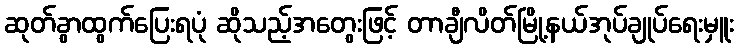
ဆုတ်ခွာထွက်ပြေးရပုံ ဆိုသည့်အတွေးဖြင့် တာချီလိတ်မြို့နယ်အုပ်ချုပ်ရေးမှူး